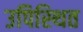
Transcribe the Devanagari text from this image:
उपिस्‍थित